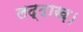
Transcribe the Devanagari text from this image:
लद्दाख़।